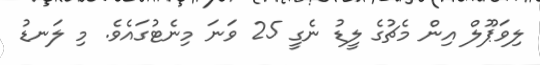
ލިވަޕޫލް އިން މެޗުގެ ލީޑު ނެގީ 25 ވަނަ މިނެޓުގައެވެ. މި ލަނޑު